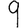
Digit: 9